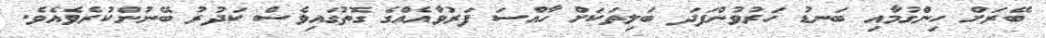
ބޭރަށް ހިންގުމާއި ބަނޑު ހަރުވުންފަދަ ބަލިތަކަށް ހާއްސަ ފަރުވާއެއްގެ ގޮތުގައިވެސް ކަދުރު ބޭނުންކުރެވެއެވެ.